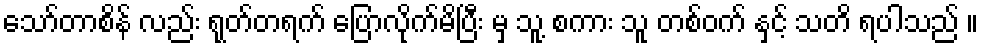
သော်တာစိန် လည်း ရုတ်တရက် ပြောလိုက်မိပြီး မှ သူ့ စကား သူ တစ်ဝက် နှင့် သတိ ရပါသည် ။